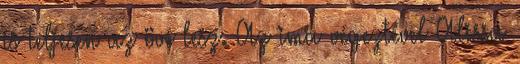
is teljesen az övé lesz. Az ima végeztével Alissa